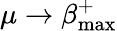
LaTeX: \mu\to\beta_{\mathrm{max}}^{+}